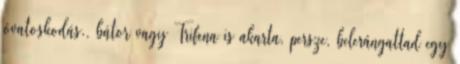
óvatoskodás., bátor vagy Trifena is akarta, persze, belerángattad egy